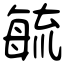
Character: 毓